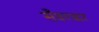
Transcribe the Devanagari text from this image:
सँवरकर